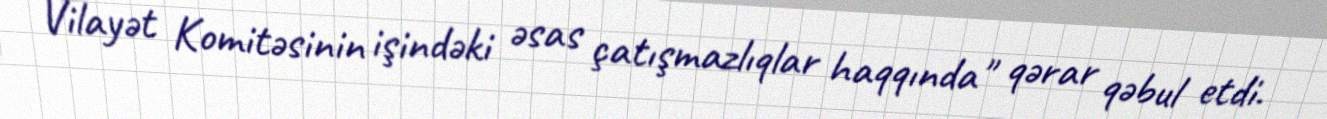
Vilayət Komitəsinin işindəki əsas çatışmazlıqlar haqqında" qərar qəbul etdi.